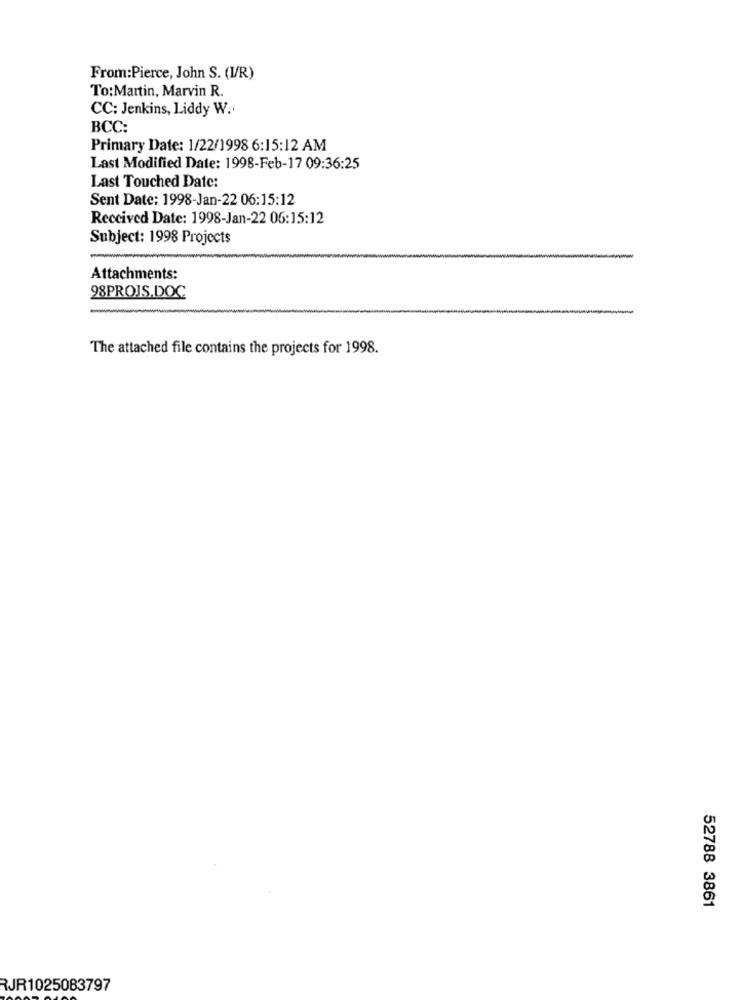
From:Pierce, John S. (I/R)
To:Martin, Marvin R.
CC: Jenkins, Liddy W ..
BCC:
Primary Date: 1/22/1998 6:15:12 AM
Last Modified Date: 1998-Feb-17 09:36:25
Last Touched Date:
Sent Date: 1998-Jan-22 06:15:12
Received Date: 1998-Jan-22 06:15:12
Subject: 1998 Projects
Attachments:
98PROJS.DOC
The attached file contains the projects for 1998.
52788 3861
RJR1025083797